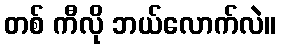
တစ် ကီလို ဘယ်လောက်လဲ။